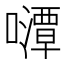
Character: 𱕛